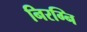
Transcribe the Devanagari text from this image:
निरग्नि